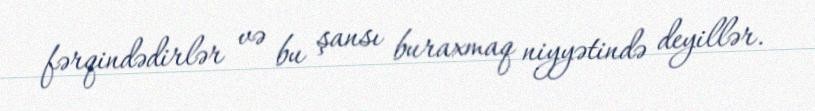
fərqindədirlər və bu şansı buraxmaq niyyətində deyillər.